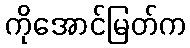
ကိုအောင်မြတ်က